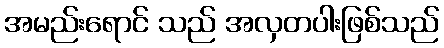
အမည်းရောင် သည် အလှတပါးဖြစ်သည်